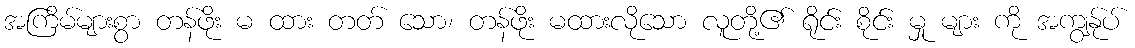
အကြိမ်များစွာ တန်ဖိုး မ ထား တတ် သော၊ တန်ဖိုး မထားလိုသော လူတို့၏ ရိုင်း စိုင်း မှု များ ကို အကျွန်ုပ်